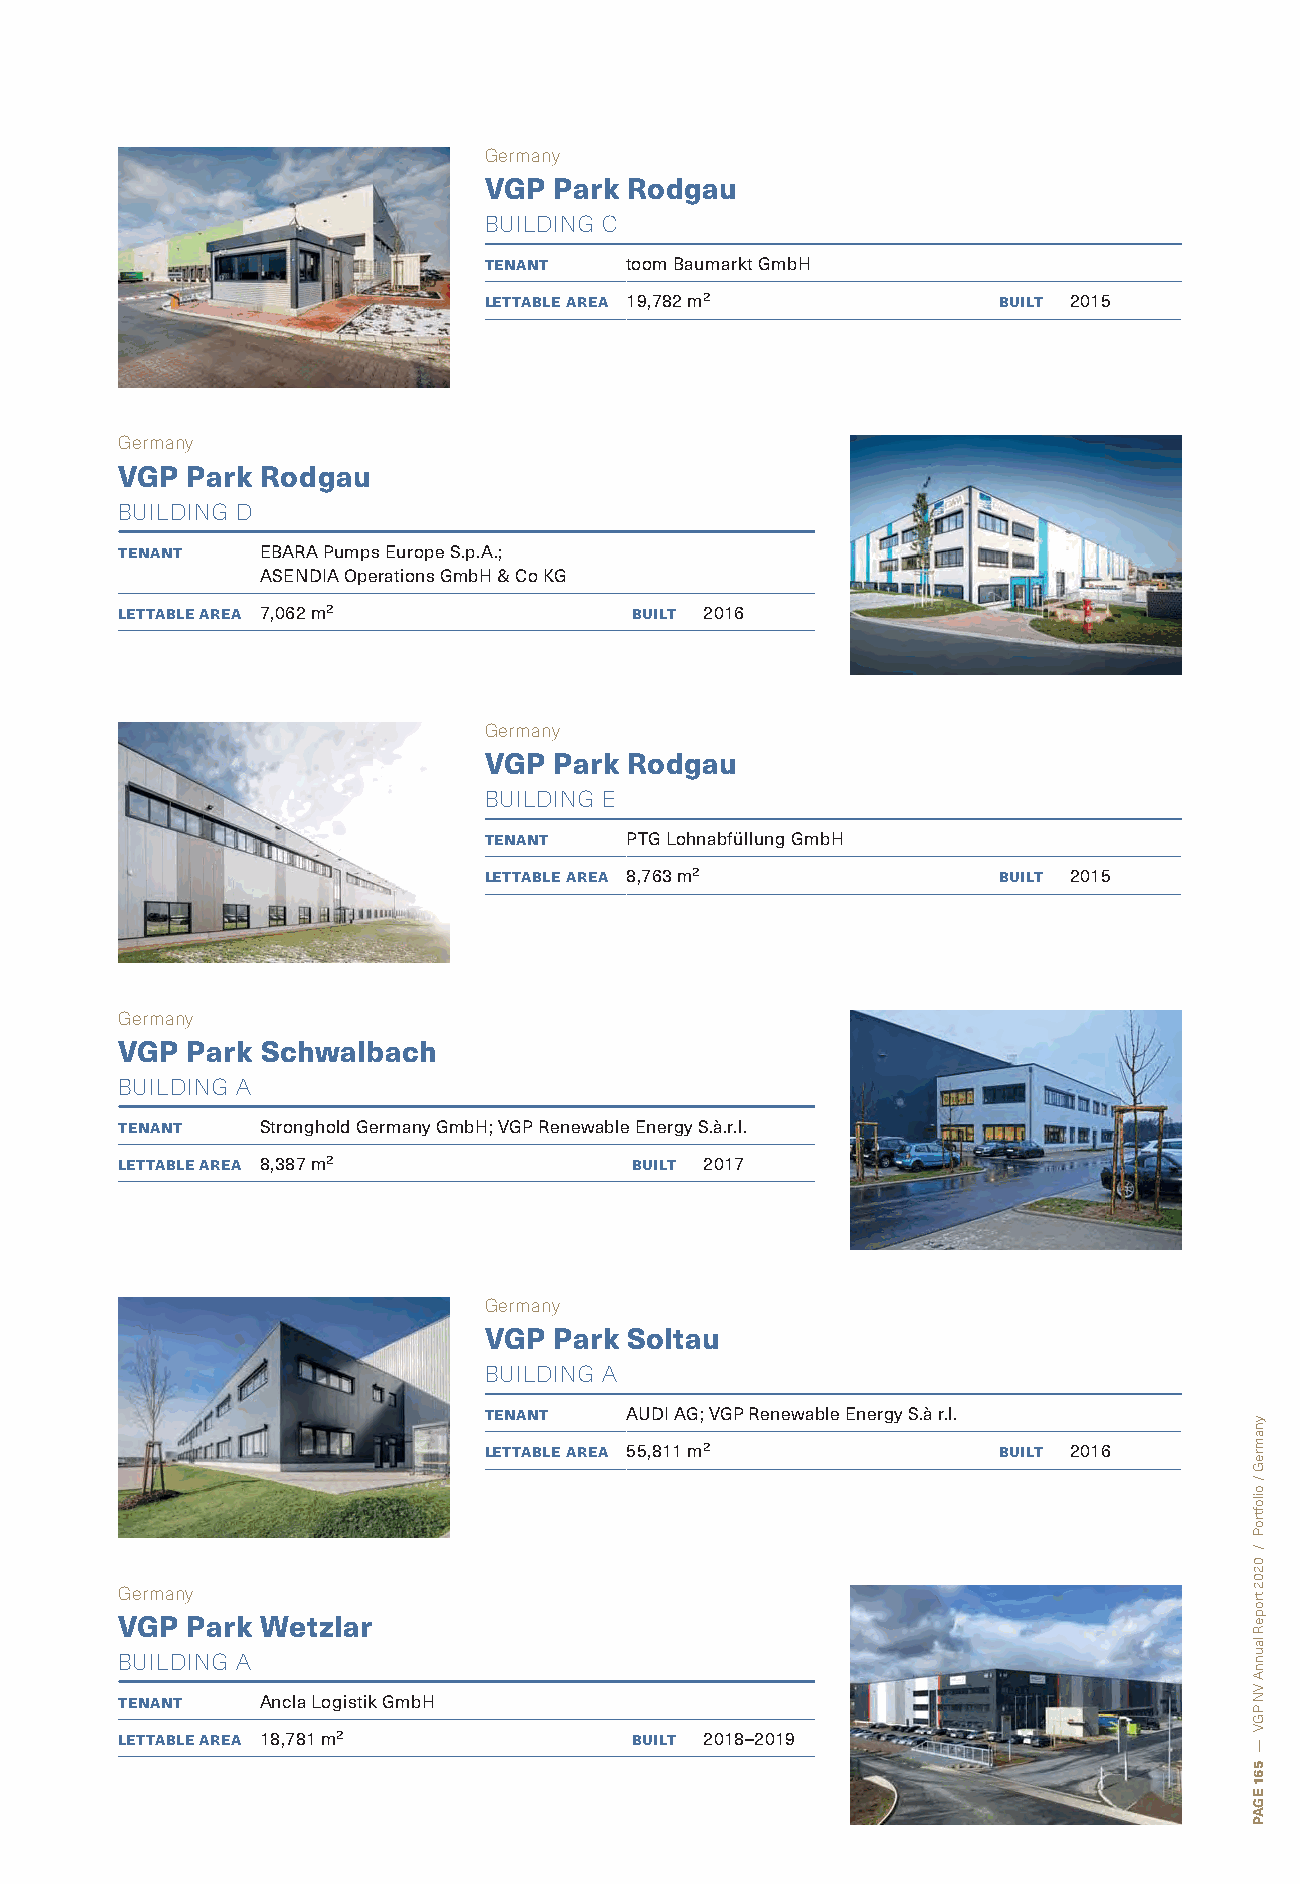
Germany
 VGP  Park Rodgau
 BUILDING C
 tenant   toom Baumarkt GmbH
 lettable area 19,782 m²           built 2015
 Germany
 VGP Park Rodgau
 BUILDING D
 tenant   EBARA Pumps Europe S.p.A.;
 ASENDIA Operations GmbH & Co KG
 lettable area 7,062 m²            built 2016
 Germany
 VGP  Park Rodgau
 BUILDING E
 tenant   PTG Lohnabfüllung GmbH
 lettable area 8,763 m²            built 2015
 Germany
 VGP Park Schwalbach
 BUILDING A
 tenant   Stronghold Germany GmbH; VGP Renewable Energy S.à.r.l.
 lettable area 8,387 m²            built 2017
 Germany
 VGP  Park Soltau
 BUILDING A
 tenant   AUDI AG; VGP Renewable Energy S.à r.l.
 lettable area 55,811 m²           built 2016
 Germany
 VGP Park Wetzlar
 BUILDING A
 tenant   Ancla Logistik GmbH
 lettable area 18,781 m²           built 2018–2019
 ynamreG
 /
 oiloftroP
 /
 0202
 tropeR
 launnA
 VN
 PGV
 —
 561
 EGAP